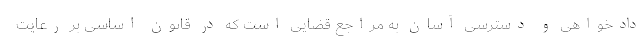
دادخواهی و دسترسی آسان به مراجع قضایی است که در قانون اساسی بر رعایت